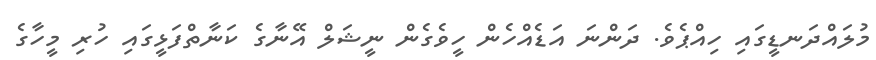
މުލައްދަނޑީގައި ހިއްޕެވެ. ދަންނަ އަޑެއްހެން ހީވެގެން ނީޝަލް އޭނާގެ ކަނާތްފަޅީގައި ހުރި މީހާގެ